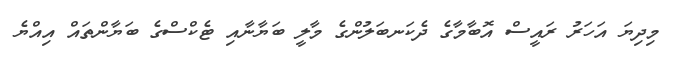
މިދިޔަ އަހަރު ރައީސް އޮބާމާގެ ދެކަނބަލުންގެ މާލީ ބަޔާނާއި ޓެކްސްގެ ބަޔާންތައް އިއްޔެ